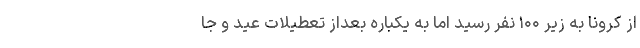
از کرونا به زیر ۱۰۰ نفر رسید اما به یکباره بعداز تعطیلات عید و جا